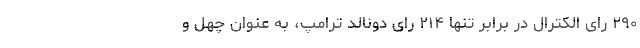
۲۹۰ رای الکترال در برابر تنها ۲۱۴ رای دونالد ترامپ، به عنوان چهل و